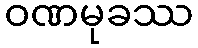
ဝဏမုခဿ